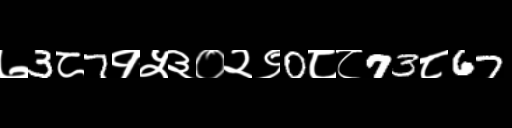
Text: ७3८7१५३०२९0८८73८67